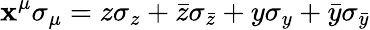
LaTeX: \mathbf{x}^{\mu}\sigma_{\mu}=z\sigma_{z}+\bar{{z}}\sigma_{\bar{{z}}}+y\sigma_{y}+\bar{{y}}\sigma_{\bar{{y}}}